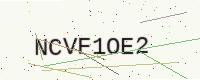
Text: NCVF1OE2